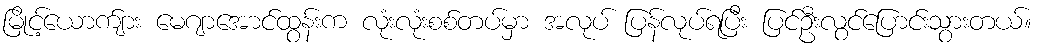
မြိုင့်ယောက်ျား မေဂျာအောင်ထွန်းက လုံးလုံးစစ်တပ်မှာ အလုပ် ပြန်လုပ်ရပြီး ပြင်ဦးလွင်ပြောင်းသွားတယ်။